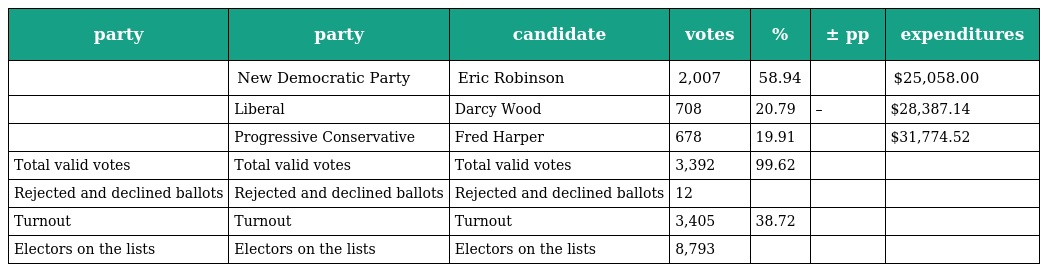
| party | party | candidate | votes | % | ± pp | expenditures |
 | --- | --- | --- | --- | --- | --- | --- |
 |  | New Democratic Party | Eric Robinson | 2,007 | 58.94 |  | $25,058.00 |
 |  | Liberal | Darcy Wood | 708 | 20.79 | – | $28,387.14 |
 |  | Progressive Conservative | Fred Harper | 678 | 19.91 |  | $31,774.52 |
 | Total valid votes | Total valid votes | Total valid votes | 3,392 | 99.62 |  |  |
 | Rejected and declined ballots | Rejected and declined ballots | Rejected and declined ballots | 12 |  |  |  |
 | Turnout | Turnout | Turnout | 3,405 | 38.72 |  |  |
 | Electors on the lists | Electors on the lists | Electors on the lists | 8,793 |  |  |  |